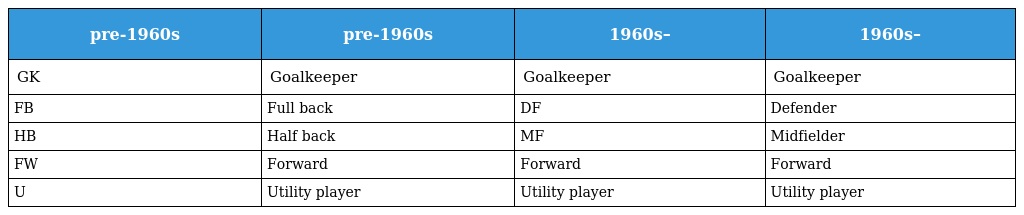
| pre-1960s | pre-1960s | 1960s– | 1960s– |
 | --- | --- | --- | --- |
 | GK | Goalkeeper | Goalkeeper | Goalkeeper |
 | FB | Full back | DF | Defender |
 | HB | Half back | MF | Midfielder |
 | FW | Forward | Forward | Forward |
 | U | Utility player | Utility player | Utility player |